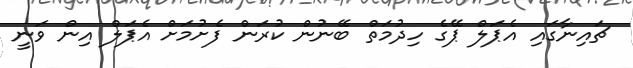
ޗައިނާގައި އެޕަލް ޕޭގެ ހިދުމަތް ބޭނުން ކުރަން ފެށުމަށް އެޕަލް އިން ވަނީ